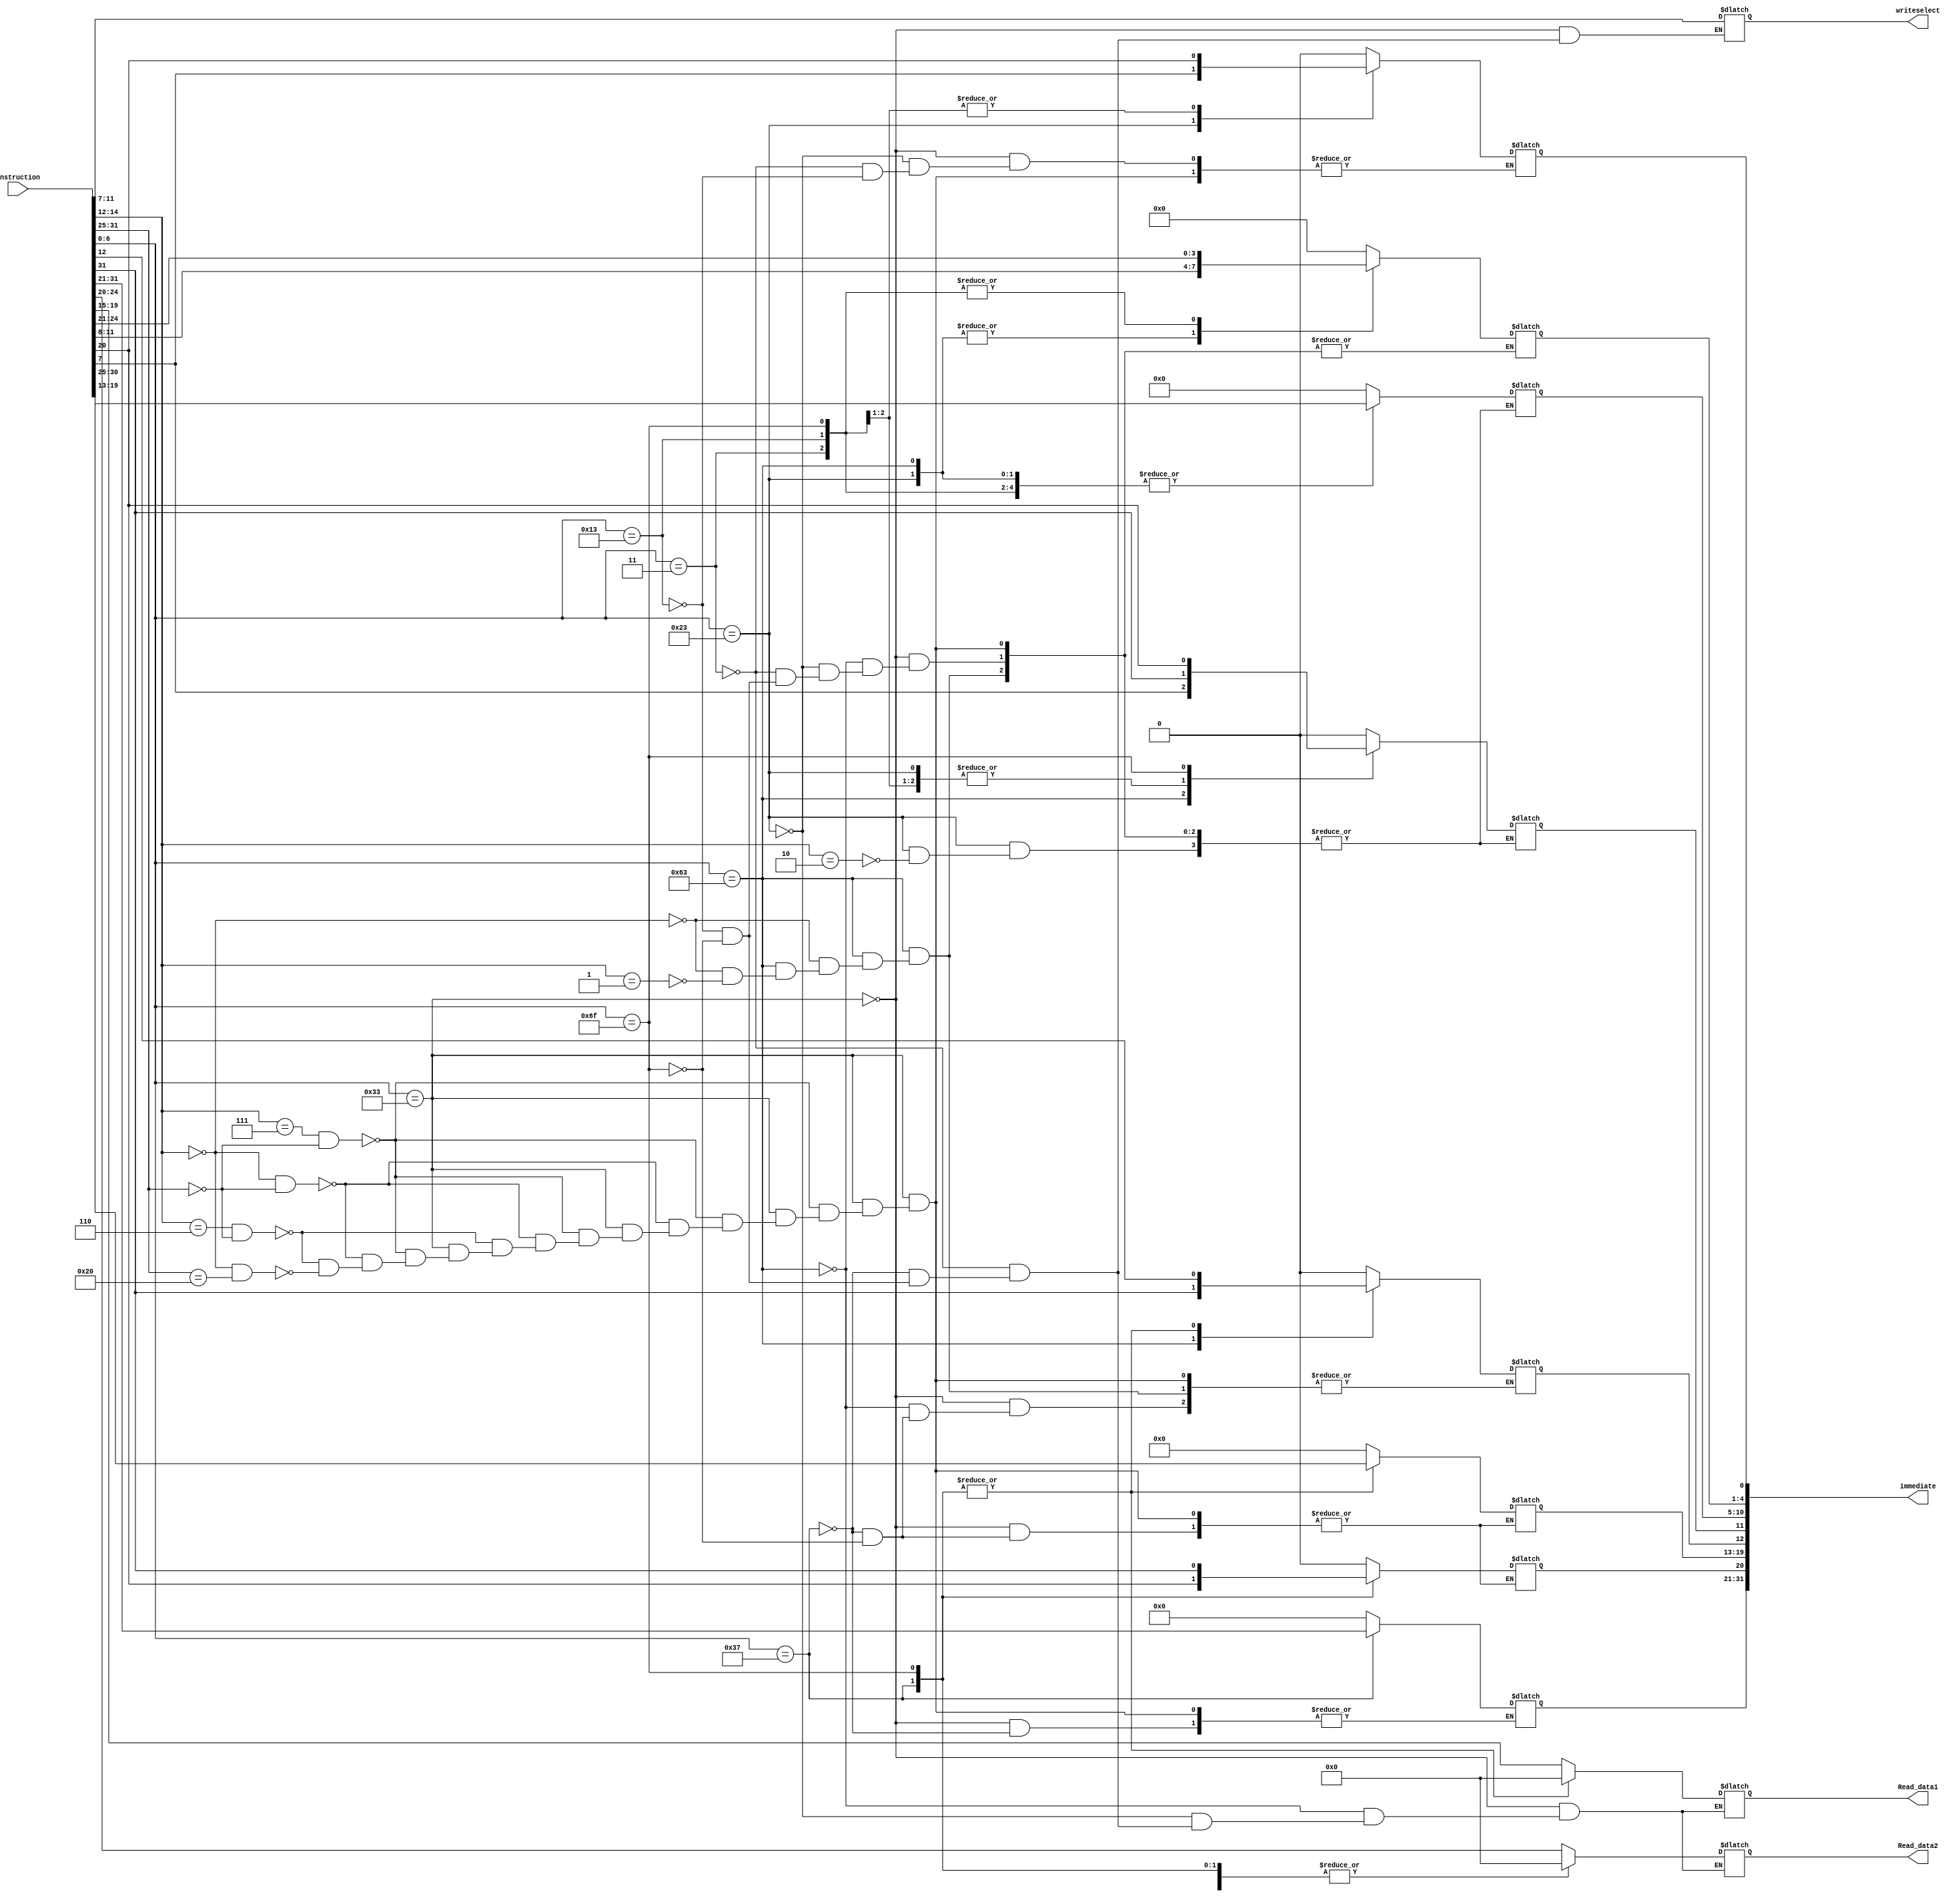
`timescale 1ns / 1ps
//////////////////////////////////////////////////////////////////////////////////
// Company: 
// Engineer: 
// 
// Design Name: 
// Module Name: immediate_generator
// Project Name: 
// Target Devices: 
// Tool Versions: 
// Description: 
// 
// Dependencies: 
// 
// Revision:
// Revision 0.01 - File Created
// Additional Comments:
// 
//////////////////////////////////////////////////////////////////////////////////


module immediate_generator(
    input [31:0] instruction,
    output reg [4:0] Read_data1,
    output reg [4:0] Read_data2,
    output reg [31:0]immediate,
    output reg [4:0] writeselect
    );
    
    initial begin 
        immediate = $signed(32'b0);    
    end
    
    always@(instruction)begin
        case (instruction[6:0])
            7'b0110011: begin //r format
                if (instruction[14:12] == 3'b111 & instruction[31:25] ==7'b0000000) //and
                    immediate = 32'b0;
                else if (instruction[14:12] == 3'b000 & instruction[31:25] == 7'b0000000) //add
                    immediate = 32'b0;
                else if (instruction[14:12] == 3'b110 & instruction[31:25] == 7'b0000000) //or
                    immediate = 32'b0;
                else if (instruction[14:12] == 3'b000 & instruction[31:25] == 7'b0100000) //sub
                    immediate = 32'b0;
                    
                Read_data1 = instruction[19:15];
                Read_data2 = instruction[24:20];
                writeselect = instruction[11:7];
            end
            
            7'b1100011: begin //sb format
                if (instruction[14:12] == 3'b000) begin //beq
                    immediate[12] = instruction[31];
                    immediate[10:5] = instruction[30:25];
                    immediate[4:1] = instruction[11:8];
                    immediate[11] = instruction[7];
                end
                else if (instruction[14:12] == 3'b001) begin //bne
                    immediate[12] = instruction[31];
                    immediate[10:5] = instruction[30:25];
                    immediate[4:1] = instruction[11:8];
                    immediate[11] = instruction[7];
                end
                    
                Read_data1 = instruction[19:15];
                Read_data2 = instruction[24:20];
//                writeselect = instruction[11:7];//
            end
            
            7'b0100011: begin // sw, s format
                if (instruction[14:12] == 3'b010)
                    immediate[11:5] = instruction[31:25];
                    immediate[4:0] = instruction[11:7];
  
                Read_data1 = instruction[19:15];
                Read_data2 = instruction[24:20];
//                writeselect = instruction[11:7];//
            end
            
           7'b0000011: begin //lw, I format
                Read_data1 = instruction[19:15];
                Read_data2 = 5'b0;
                immediate[11:0] = instruction[31:20];
                writeselect = instruction[11:7];
            end
            
            
           7'b0110111: begin //lui, u format
                Read_data1 = 5'b0;
                Read_data2 = 5'b0;
                immediate[31:12] = instruction[31:12];
                writeselect = instruction[11:7];
            end
            
          7'b0010011: begin //addi, i format
                Read_data1 = instruction[19:15];
                Read_data2 = 5'b0;
                immediate[11:0] = instruction[31:20];
                writeselect = instruction[11:7];
            end
            
          7'b1101111: begin //jal, uj format
                Read_data1 = 5'b0;
                Read_data2 = 5'b0;
                immediate[20] = instruction[31];
                immediate[10:1] = instruction[30:21];
                immediate[11] = instruction[20];
                immediate[19:12] = instruction[19:12];
                writeselect = instruction[11:7];
            end        
            

        endcase
    end
endmodule